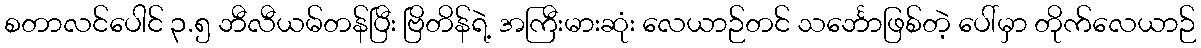
စတာလင်ပေါင် ၃.၅ ဘီလီယမ်တန်ပြီး ဗြိတိန်ရဲ့ အကြီးမားဆုံး လေယာဉ်တင် သင်္ဘောဖြစ်တဲ့ ပေါ်မှာ တိုက်လေယာဉ်